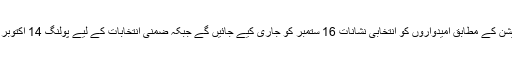
الیکشن کمیشن کے مطابق امیدواروں کو انتخابی نشانات 16 ستمبر کو جاری کیے جائیں گے جبکہ ضمنی انتخابات کے لیے پولنگ 14 اکتوبر کو ہو گی۔